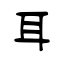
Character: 耳